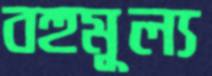
বহুমূল্য